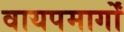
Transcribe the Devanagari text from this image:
वायपमार्गों